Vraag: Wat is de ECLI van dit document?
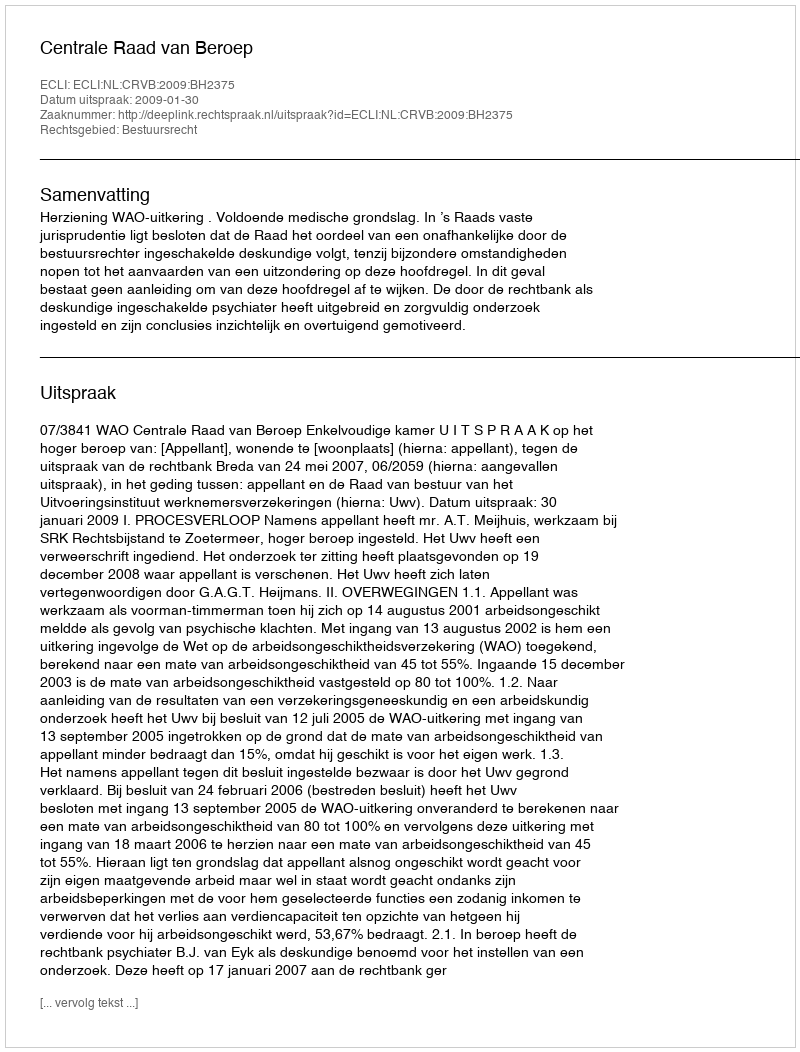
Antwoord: ECLI:NL:CRVB:2009:BH2375